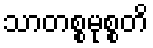
သာတစ္စမုစ္စတိ